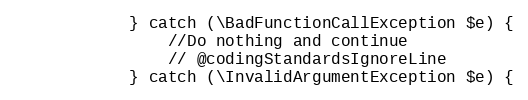
Language: PHP
            } catch (\BadFunctionCallException $e) {
                //Do nothing and continue
                // @codingStandardsIgnoreLine
            } catch (\InvalidArgumentException $e) {